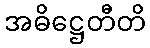
အဓိဋ္ဌေတီတိ